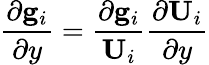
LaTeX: \frac{\partial\mathbf{g}_{i}}{\partial y}=\frac{\partial\mathbf{g}_{i}}{\mathbf{U}_{i}}\frac{\partial\mathbf{U}_{i}}{\partial y}